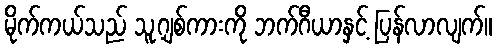
မိုက်ကယ်သည် သူ့ဂျစ်ကားကို ဘက်ဂီယာနှင့် ပြန်လာလျက်။